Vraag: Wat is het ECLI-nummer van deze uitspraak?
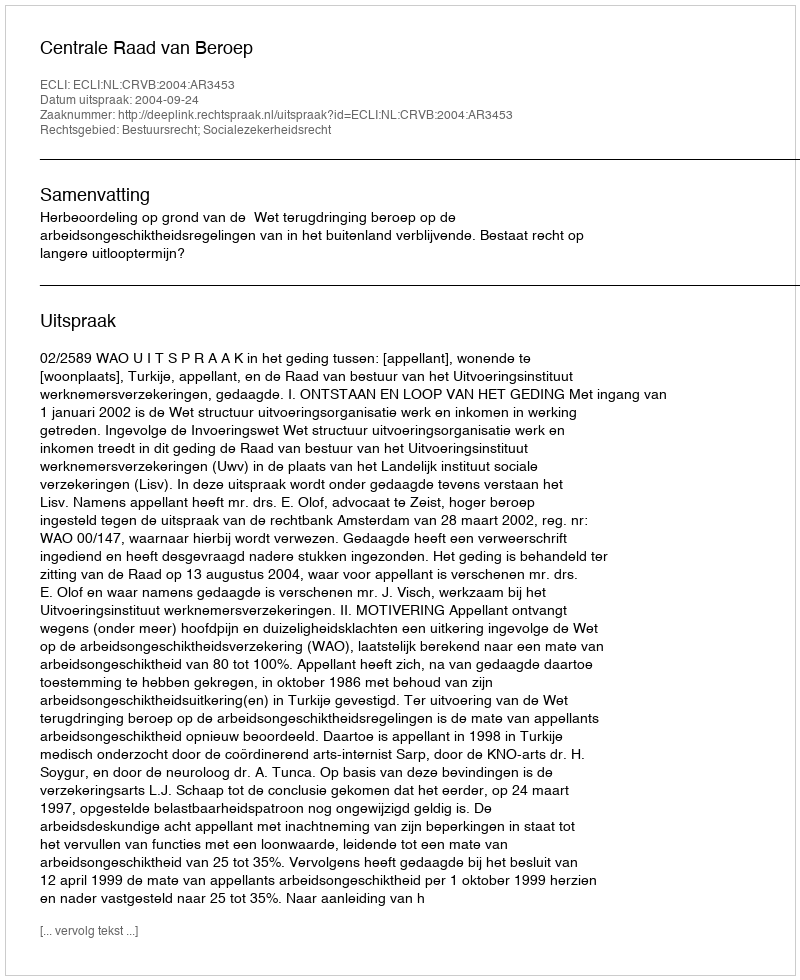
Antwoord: ECLI:NL:CRVB:2004:AR3453